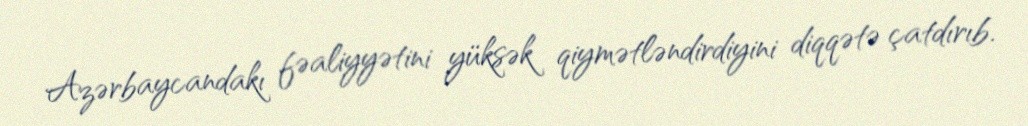
Azərbaycandakı fəaliyyətini yüksək qiymətləndirdiyini diqqətə çatdırıb.